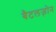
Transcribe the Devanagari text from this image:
बैटलज़ोन